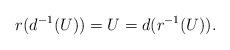
LaTeX: \begin{align*} r(d^{-1}(U))=U=d(r^{-1}(U)).\end{align*}